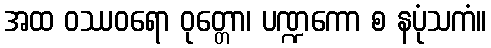
အထ ဝဿဝရော ဝုတ္တော၊ ပဏ္ဍကော စ နပုံသကံ။